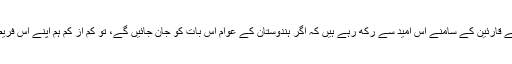
یہ رپورٹ ہماری چھان بین کا نتیجہ ہے، جو ہم ہندوستان کے قارئین کے سامنے اس امید سے رکھ رہے ہیں کہ اگر ہندوستان کے عوام اس بات کو جان جائیں گے، تو کم از کم ہم اپنے اس فریضہ کو پورا کر پائیں گے، جو ایک صحافی کو کرنا چاہیے۔